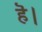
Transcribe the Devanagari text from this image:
हॆ।